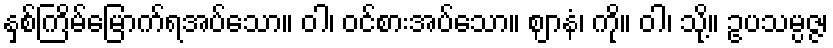
နှစ်ကြိမ်မြောက်ရအပ်သော။ ဝါ၊ ဝင်စားအပ်သော။ ဈာနံ၊ ကို။ ဝါ၊ သို့။ ဥပသမ္ပဇ္ဇ၊